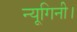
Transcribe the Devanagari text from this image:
न्यूगिनी।